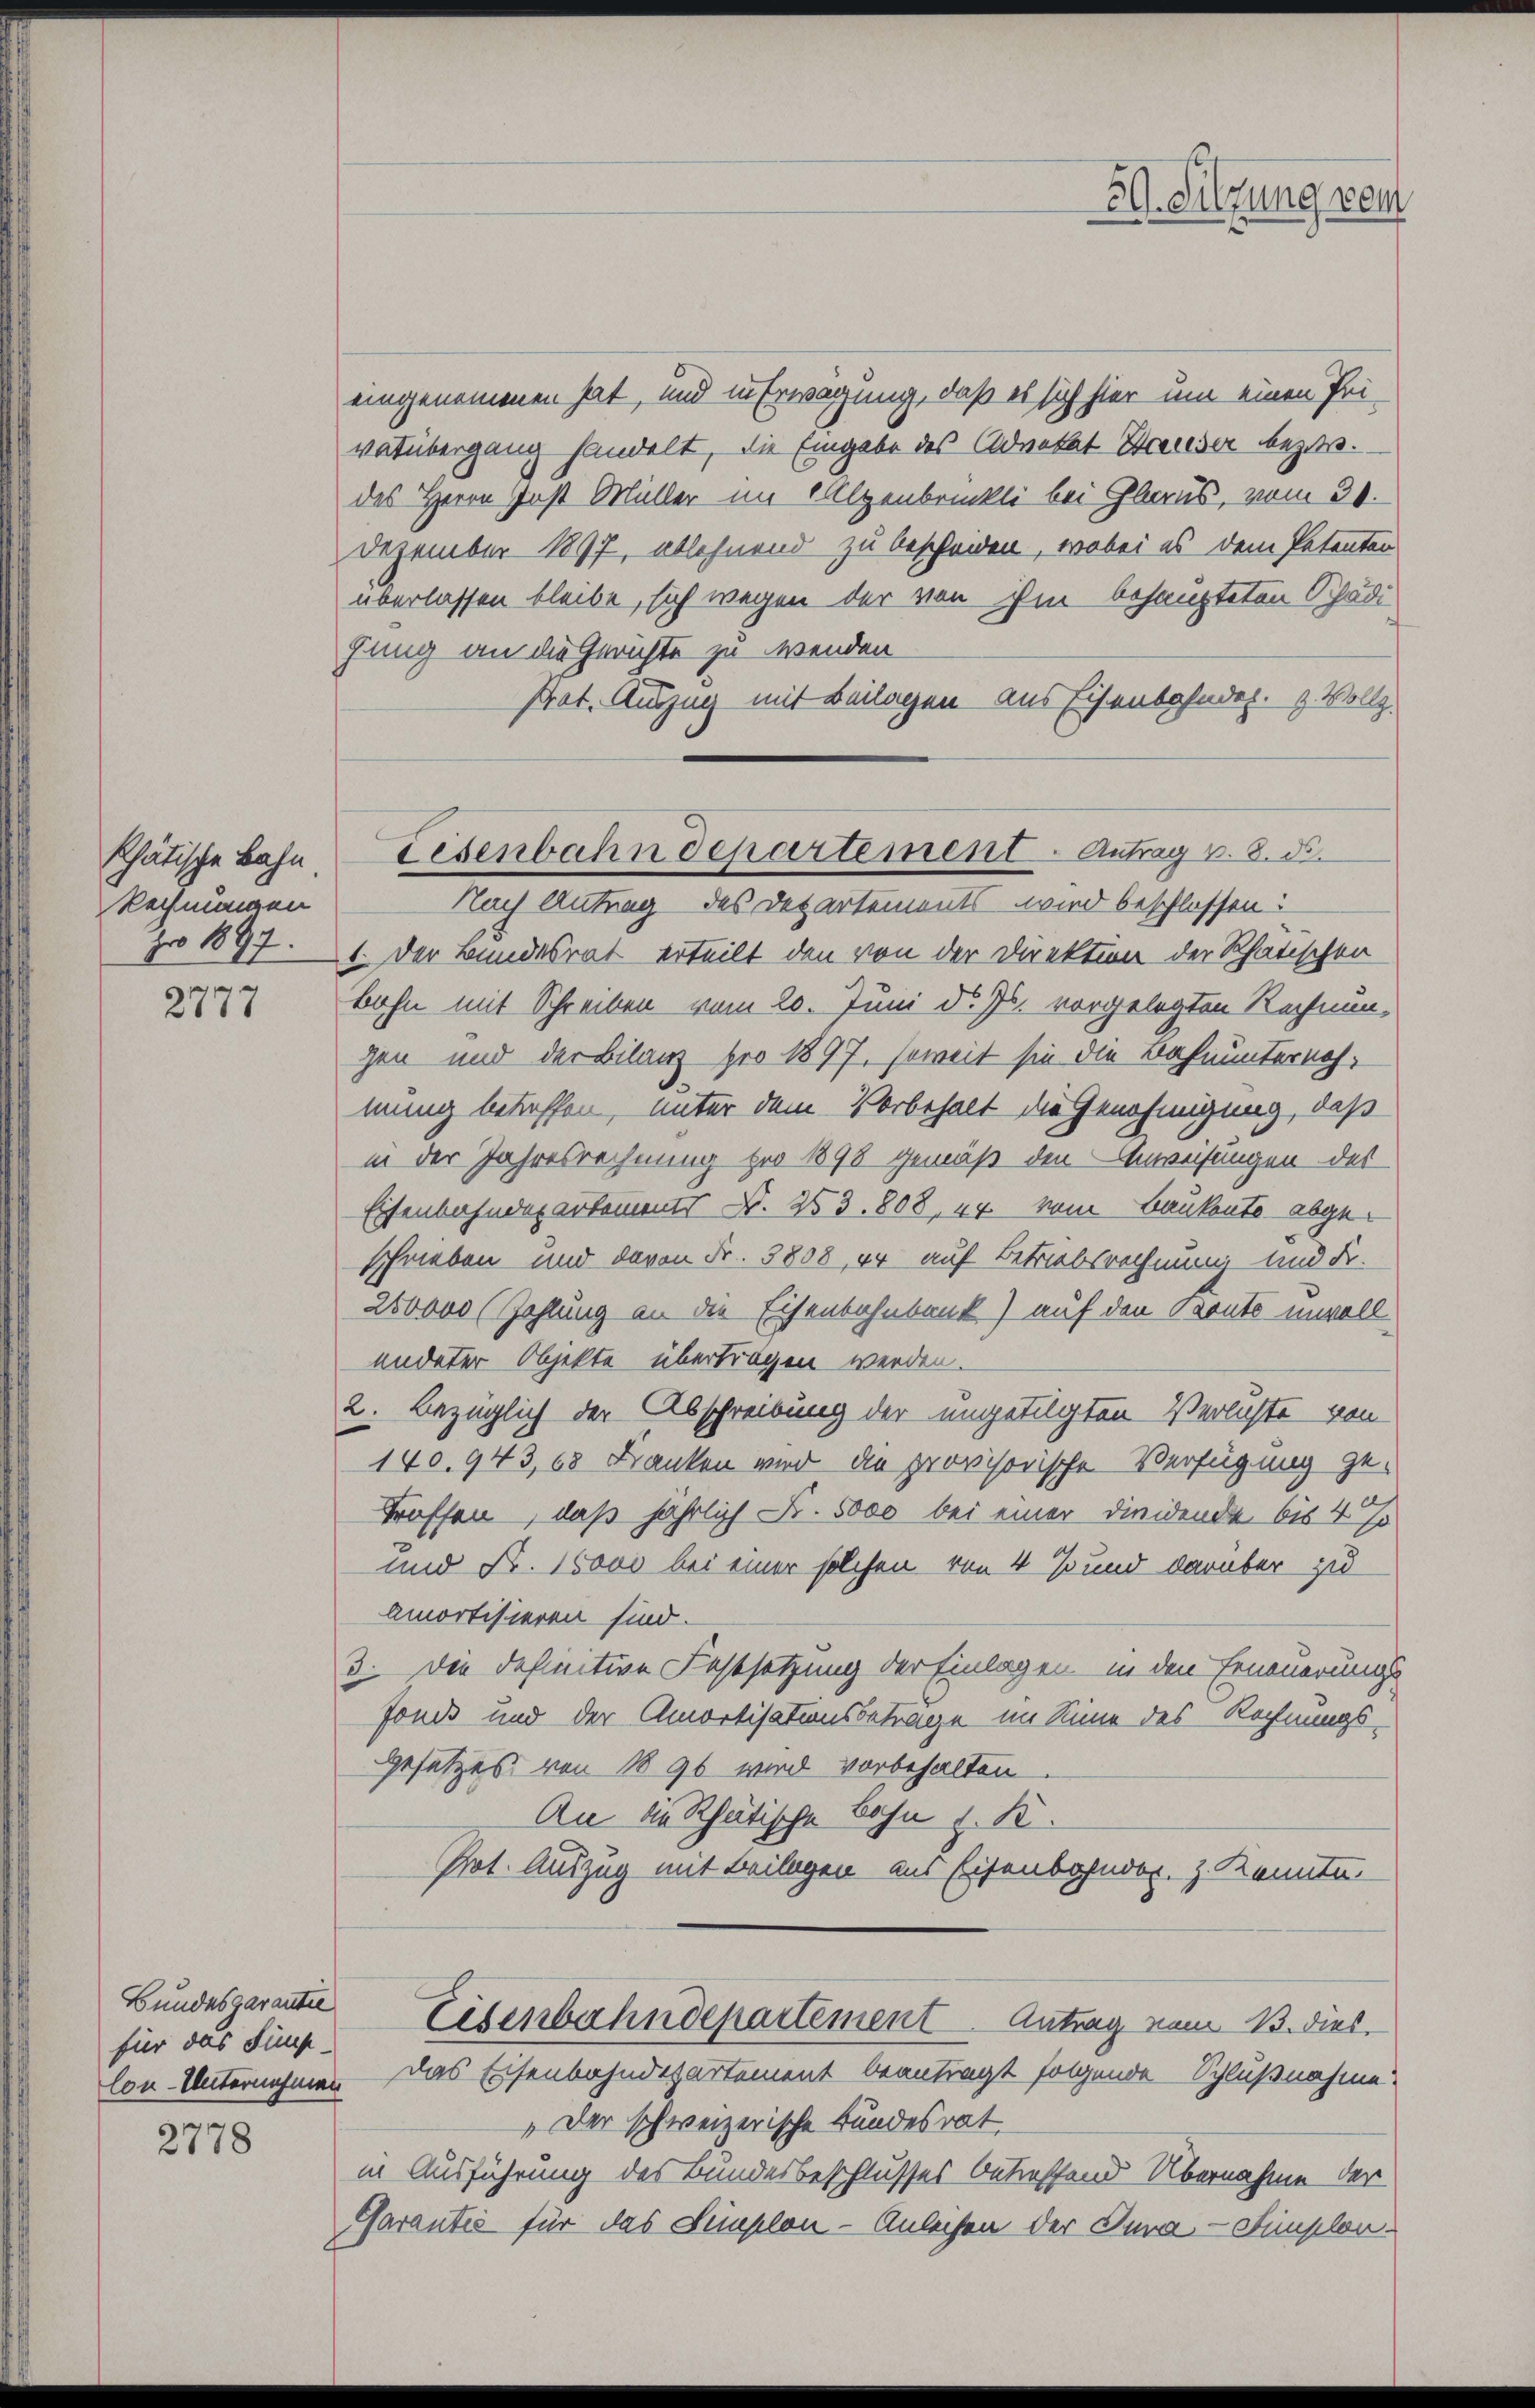
khätische Bahn
Rechnungen
pro 1897.

2777

Bundesgarantel
für das Finge-

2778

eingenommenen hat, und in Erwägung, daß es sich hier um einen Pei-
vatübergang handelt, die Eingabe des Advokat Hauser bezi
des Herrn Gast Müller im 1 Alpenbrückli bei Glarus, vom 30.
Dezember 1897, ablehnend zu bescheiden, wobei es dem Petenten
überlassen bleibe, sich wegen der von ihm behaupteten Schädi
fung an die Gerichte zu wenden
Prat. Auszug mit Beilagen aus Eisenbahnder. Z. Vollz
1. Der Bundesrat erteilt den von der Direktion der Rhätischen
Bahn mit Schreiben vom 20. Juni d. Js. vorgelegten Rechnun-
gen und der Bilanz pro 1897, soweit sie die Bahnunternohmung betreffen, unter dem Vorbehalt die Genehmigung, daß
in der Jahresrechnung pro 1898 gemäß den Anweisungen des
Eisenbahndepartements N. 253. 808, 44 vom Baukonto abgeschrieben und davon Fr. 3808, er auf Betriebsrechnung und Fr.
200000 (Zahlung an die Eisenbahnbank) auf den Konto unvoll
endeter Objekte übertragen werden.
2. Bezüglich der Abschreibung der ungetilgten Verlichte von
140.943, 68 Franken wird die provisorische Verfügung ge-
troffen, daß jährlich Fr. 5000 bei einer dieidende bis 4 %
und Nr. 15000 bei einer solchen von 4 % und darüber zu
Amortisieren sind.
3. Die definitive Festsetzung der Einlagen in den Erneuerungs
fonds und der Amortisationsbetrage im Sinne des Rechnungs¬
Gesetzes von 1890 wird vorbehalten
An die Rhätische Bohn z. B.
Prot. Auszug mit Beilagen aus Eisenbahnder. z. Konnte.
Eisenbahndepartement Antrag vom 13. dies
lon-Unternehmen das Eisenbahndepartement beantragt folgende Schlußnahme
„Der schweizerische Bundesrat
in Ausführung des Bundesbeschlusses betreffend Übernahme der
Garantie für das Simplon - Anleihen der Dura-Simplon.

Eisenbahndepartement - Antrag v. 8. de
Nach Antrag des Departements wird beschlossen:

59. Silzung ein